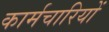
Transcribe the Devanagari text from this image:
कार्मचारियों